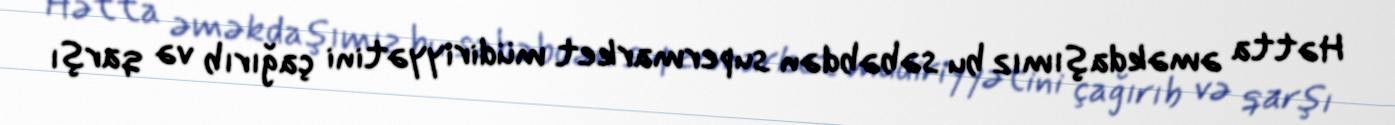
Hətta əməkdaşımız bu səbəbdən supermarket müdiriyyətini çağırıb və qarşı